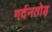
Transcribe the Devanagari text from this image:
गर्दनतोड़